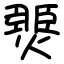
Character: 燛